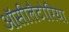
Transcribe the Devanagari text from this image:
ऑसीलैटोरिया